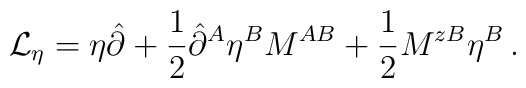
{\cal L}_\eta=\eta\hat{\partial}+\frac{1}{2}\hat{\partial}^A\eta^BM^{AB}+\frac{1}{2}M^{zB}\eta^B\,.